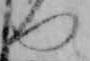
つ